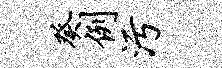
癸例污